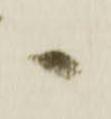
へ